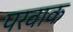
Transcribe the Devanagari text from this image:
परवाक